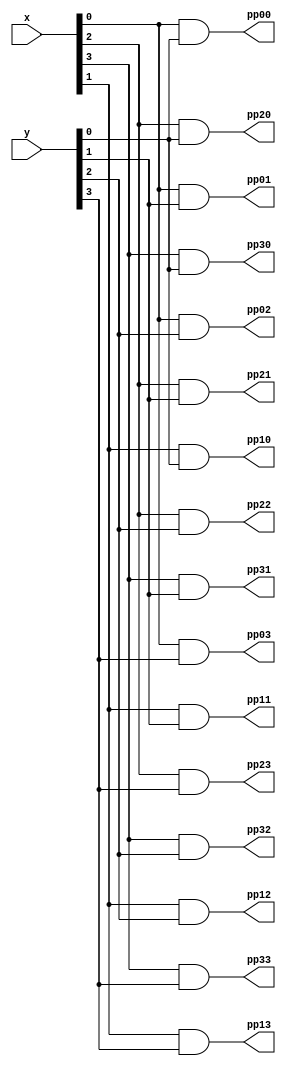
`timescale 1ns / 1ps
//////////////////////////////////////////////////////////////////////////////////
// Company: 
// Engineer: 
// 
// Design Name: 
// Module Name: partialproducts
// Project Name: 
// Target Devices: 
// Tool Versions: 
// Description: 
// 
// Dependencies: 
// 
// Revision:
// Revision 0.01 - File Created
// Additional Comments:
// 
//////////////////////////////////////////////////////////////////////////////////



  // MODULE FOR GENERATION OF PARTIAL PRODUCTS USING AND GATES

module PARTIALPRODUCTS(input [3:0]x, input [3:0]y, output pp00,pp01,pp02,pp03,output pp10,pp11,pp12,pp13,pp20,pp21,pp22,pp23,pp30,pp31,pp32,pp33);
  and (pp00,x[0],y[0]),(pp01,x[0],y[1]),(pp02,x[0],y[2]),(pp03,x[0],y[3]),(pp10,x[1],y[0]),(pp11,x[1],y[1]),(pp12,x[1],y[2]),(pp13,x[1],y[3]),(pp20,x[2],y[0]),(pp21,x[2],y[1]),(pp22,x[2],y[2]),(pp23,x[2],y[3]),(pp30,x[3],y[0]),(pp31,x[3],y[1]),(pp32,x[3],y[2]),(pp33,x[3],y[3]);
endmodule